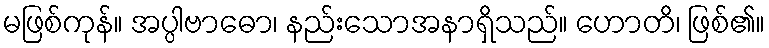
မဖြစ်ကုန်။ အပ္ပါဗာဓော၊ နည်းသောအနာရှိသည်။ ဟောတိ၊ ဖြစ်၏။